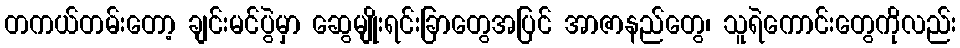
တကယ်တမ်းတော့ ချင်းမင်ပွဲမှာ ဆွေမျိုးရင်းခြာတွေအပြင် အာဇာနည်တွေ၊ သူရဲကောင်းတွေကိုလည်း